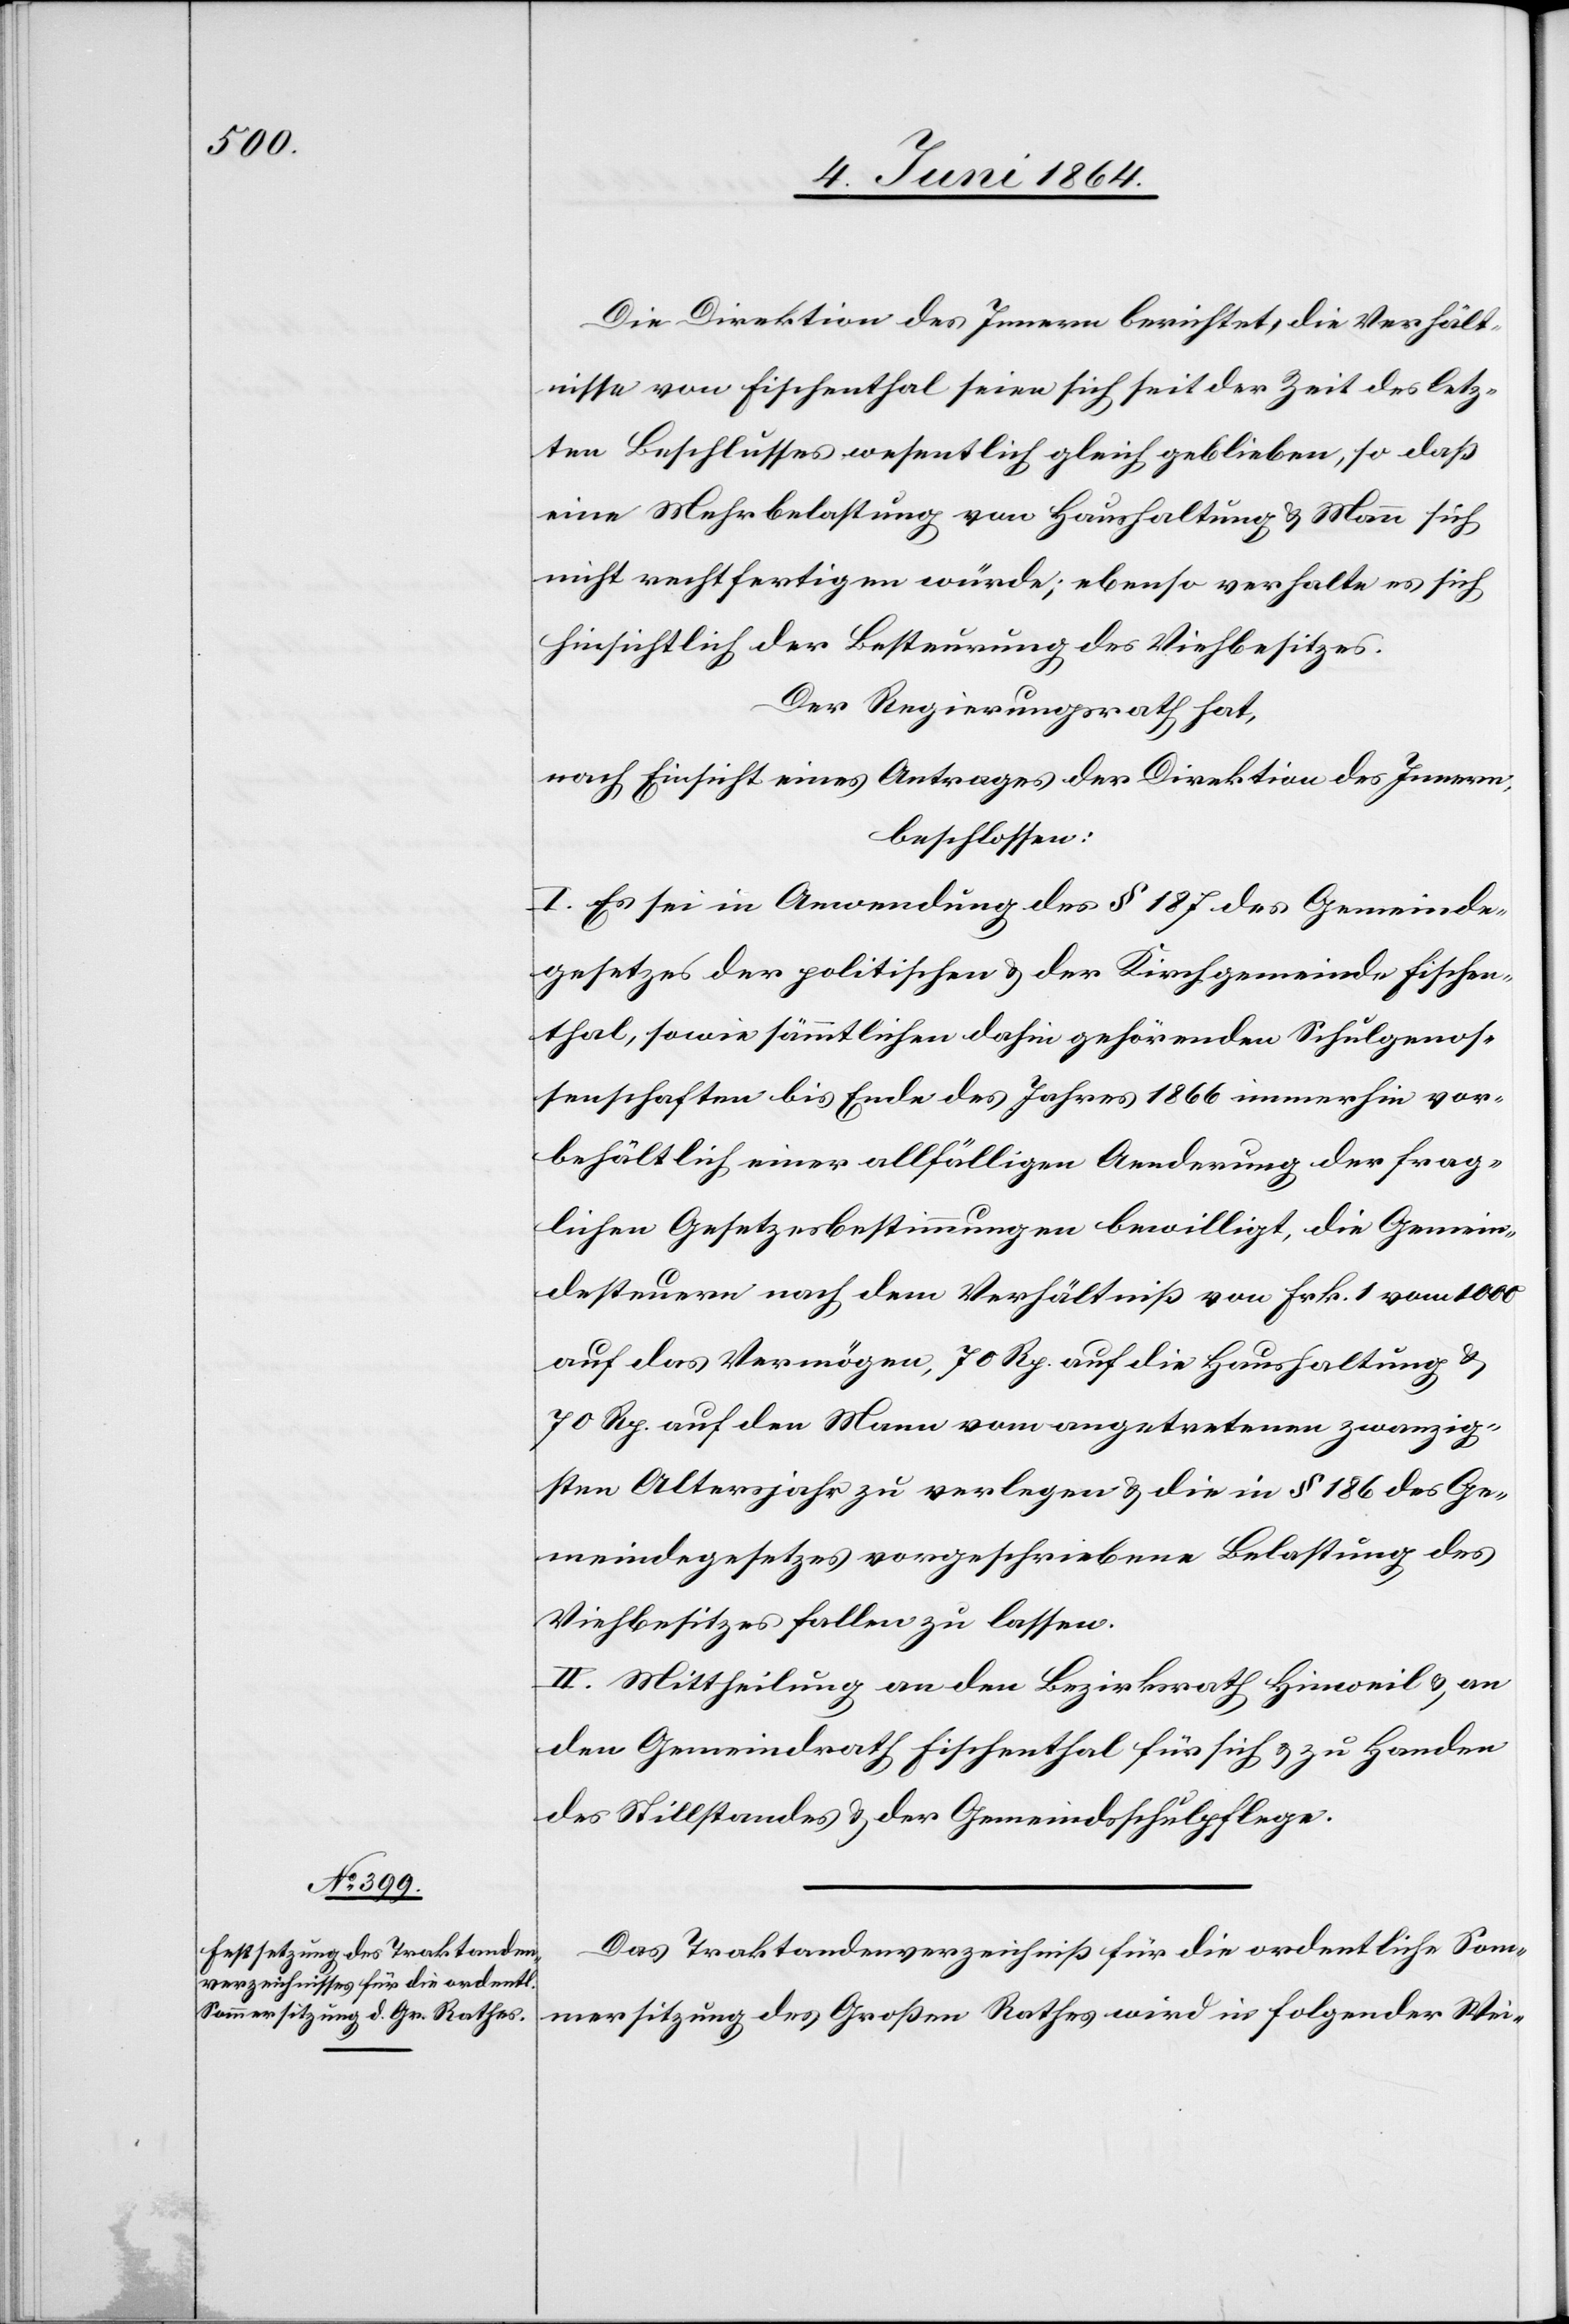
Die Direktion des Innern berichtet, die Verhält¬
nisse von Fischenthal seien sich seit der Zeit des letz¬
ten Beschlusses wesentlich gleich geblieben, so daß
eine Mehrbelastung von Haushaltung u. Mann sich
nicht rechtfertigen würde; ebenso verhalte es sich
hinsichtlich der Besteuerung des Viehbesitzes.
Der Regierungsrath hat,
nach Einsicht eines Antrages der Direktion des Innern,
beschlossen:
I. Es sei in Anwendung des § 187 des Gemeinde¬
gesetzes der politischen u. der Kirchgemeinde Fischen¬
thal, sowie sämmtlichen dahin gehörenden Schulgenos¬
senschaften bis Ende des Jahres 1866 immerhin vor¬
behältlich einer allfälligen Aenderung der frag¬
lichen Gesetzesbestimmungen bewilligt, die Gemein¬
desteuern nach dem Verhältniß von Frk. 1 vom 1000
auf das Vermögen, 70 Rp. auf die Haushaltung u.
70 Rp. auf den Mann vom angetretenen zwanzig¬
sten Altersjahr verlegen u. die in § 186 des Ge¬
meindegesetzes vorgeschriebene Belastung des
Viehbesitzes fallen zu lassen.
II. Mittheilung an den Bezirksrath Hinweil u. an
den Gemeindrath Fischenthal für sich u. zu Handen
des Stillstandes u. der Gemeindsschulpflege.
Das Traktandenverzeichniß für die ordentliche Som¬
mersitzung des Großen Rathes wird in folgender Wei-